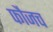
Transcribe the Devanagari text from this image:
फौजच